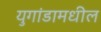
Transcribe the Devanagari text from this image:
युगांडामधील